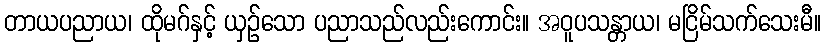
တာယပညာယ၊ ထိုမဂ်နှင့် ယှဉ်သော ပညာသည်လည်းကောင်း။ အဝူပသန္တာယ၊ မငြိမ်သက်သေးမီ။